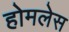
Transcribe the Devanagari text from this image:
होमलेस